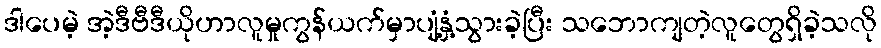
ဒါပေမဲ့ အဲ့ဒီဗီဒီယိုဟာလူမှုကွန်ယက်မှာပျံ့နှံ့သွားခဲ့ပြီး သဘောကျတဲ့လူတွေရှိခဲ့သလို